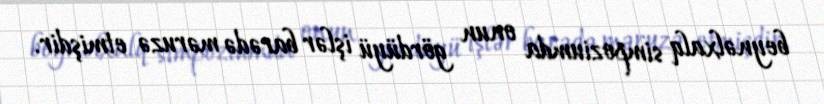
beynəlxalq simpoziumda onun gördüyü işlər barədə məruzə etmişdir.